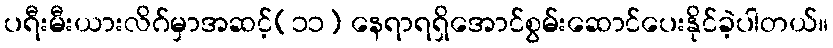
ပရီးမီးယားလိဂ်မှာအဆင့်(၁၁) နေရာရရှိအောင်စွမ်းဆောင်ပေးနိုင်ခဲ့ပါတယ်။